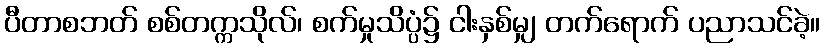
ပီတာစဘတ် စစ်တက္ကသိုလ်၊ စက်မှုသိပ္ပံ၌ ငါးနှစ်မျှ တက်ရောက် ပညာသင်ခဲ့။